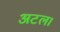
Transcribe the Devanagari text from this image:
अटल।